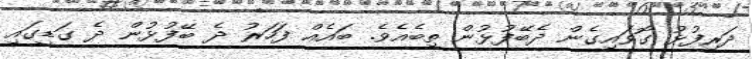
ދަރިފުޅު ގޮވައިގެން ދެބޭފުޅުން ތިބެއެވެ. ބައެއް ފަހަރު ދެ ބޭފުޅުން ދެ ގަޑީގައި